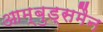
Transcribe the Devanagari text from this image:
आम्बुड्समैन